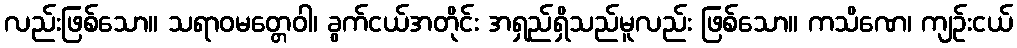
လည်းဖြစ်သော။ သရာဝမတ္တေဝါ၊ ခွက်ငယ်အတိုင်း အရှည်ရှိသည်မူလည်း ဖြစ်သော။ ကသိဏေ၊ ကျဉ်းငယ်